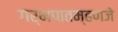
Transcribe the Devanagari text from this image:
गर्भपातम्हणजे